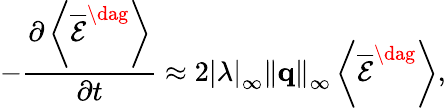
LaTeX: -\frac{{\partial\left\langle{{{\overline{{\mathcal E}}}^{\dag}}}\right\rangle}}{{\partial t}}\approx 2{\left|\lambda\right|_{\infty}}{\left\| {\mathbf{q}}\right\| _{\infty}}\left\langle{{{\overline{{\mathcal E}}}^{\dag}}}\right\rangle,